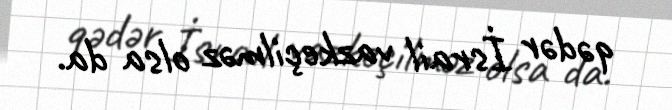
qədər İsrail vazkeçilməz olsa da.